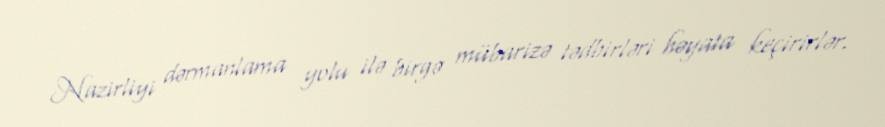
Nazirliyi dərmanlama yolu ilə birgə mübarizə tədbirləri həyata keçirirlər.